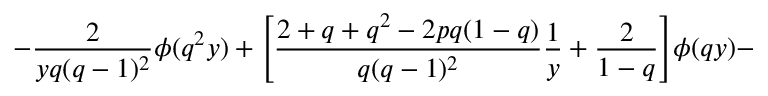
- \frac { 2 } { y q ( q - 1 ) ^ { 2 } } \phi ( q ^ { 2 } y ) + \Bigg [ \frac { 2 + q + q ^ { 2 } - 2 p q ( 1 - q ) } { q ( q - 1 ) ^ { 2 } } \frac { 1 } { y } + \frac { 2 } { 1 - q } \Bigg ] \phi ( q y ) -